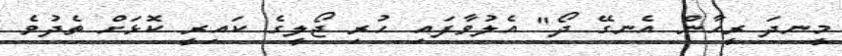
މީނދަ ރީހާން އެނގޭ ދޯ" އެލުވާފައި ހުރި ޖޯލީގެ ކައިރީ ކޮޅަށް ތެދުވެ